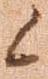
候